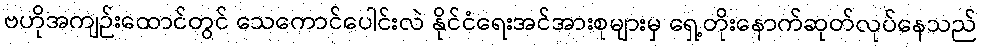
ဗဟိုအကျဉ်းထောင်တွင် သေကောင်ပေါင်းလဲ နိုင်ငံရေးအင်အားစုများမှ ရှေ့တိုးနောက်ဆုတ်လုပ်နေသည်